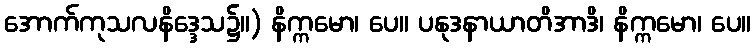
အောက်ကုသလနိဒ္ဒေသ၌။) နိက္ကမော၊ ပေ။ ပနုဒနာယာတိအာဒိ၊ နိက္ကမော၊ ပေ။